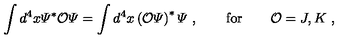
\int d ^ { 4 } x { \mit \Psi } ^ { \ast } { \cal O } { \mit \Psi } = \int d ^ { 4 } x \left( { \cal O } { \mit \Psi } \right) ^ { \ast } { \mit \Psi } \ , \qquad \mathrm { f o r } \qquad { \cal O } = J , K \ ,